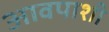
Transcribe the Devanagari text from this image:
आवपाशी